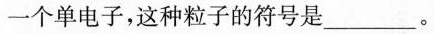
一个单电子，这种粒子的符号是___。